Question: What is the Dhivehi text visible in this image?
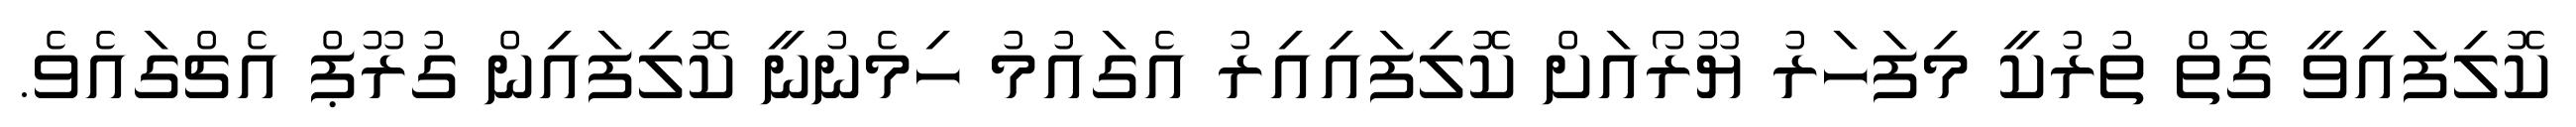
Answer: ކޮލިފައިވީ ގޮތް ތުރުކީ މިފަހަރު ޔޫރޯއަށް ކޮލިފައިއިރު އެގައުމު ހިމެނުނީ ކޮލިފައިން ގުރޫޕް އެޗްގައެވެ.